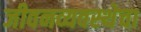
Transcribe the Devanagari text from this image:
जीवनव्यवस्थेचा